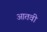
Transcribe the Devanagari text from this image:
आतवी